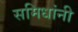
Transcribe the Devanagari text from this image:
समिधांनी